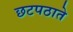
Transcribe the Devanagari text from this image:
छटपठाते